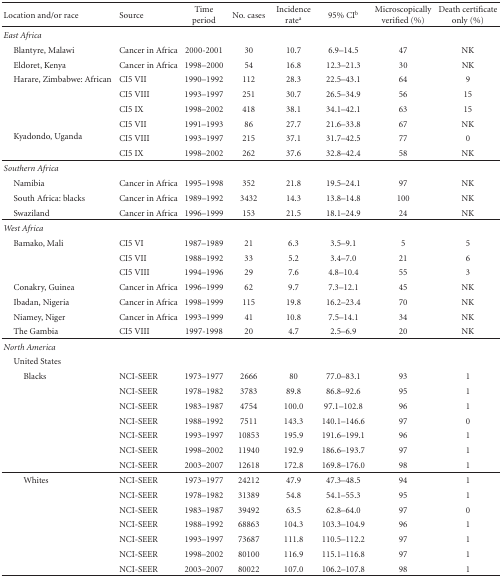
<table><thead><tr><td><b>Location and/or race</b></td><td><b>Source</b></td><td><b>Time period</b></td><td><b>No. cases</b></td><td><b>Incidence rate<sup>a</sup></b></td><td><b>95% CI<sup>b</sup></b></td><td><b>Microscopically verified (%)</b></td><td><b>Death certificate only (%)</b></td></tr></thead><tbody><tr><td><i>East Africa </i></td><td></td><td></td><td></td><td></td><td></td><td></td><td></td></tr><tr><td> Blantyre, Malawi</td><td>Cancer in Africa</td><td>2000-2001</td><td>30</td><td>10.7</td><td>6.9–14.5</td><td>47</td><td>NK</td></tr><tr><td> Eldoret, Kenya</td><td>Cancer in Africa</td><td>1998–2000</td><td>54</td><td>16.8</td><td>12.3–21.3</td><td>30</td><td>NK</td></tr><tr><td> Harare, Zimbabwe: African</td><td>CI5 VII</td><td>1990–1992</td><td>112</td><td>28.3</td><td>22.5–43.1</td><td>64</td><td>9</td></tr><tr><td></td><td>CI5 VIII</td><td>1993–1997</td><td>251</td><td>30.7</td><td>26.5–34.9</td><td>56</td><td>15</td></tr><tr><td></td><td>CI5 IX</td><td>1998–2002</td><td>418</td><td>38.1</td><td>34.1–42.1</td><td>63</td><td>15</td></tr><tr><td rowspan="3"> Kyadondo, Uganda</td><td>CI5 VII</td><td>1991–1993</td><td>86</td><td>27.7</td><td>21.6–33.8</td><td>67</td><td>NK</td></tr><tr><td>CI5 VIII</td><td>1993–1997</td><td>215</td><td>37.1</td><td>31.7–42.5</td><td>77</td><td>0</td></tr><tr><td>CI5 IX</td><td>1998–2002</td><td>262</td><td>37.6</td><td>32.8–42.4</td><td>58</td><td>NK</td></tr><tr><td><i>Southern Africa </i></td><td></td><td></td><td></td><td></td><td></td><td></td><td></td></tr><tr><td> Namibia</td><td>Cancer in Africa</td><td>1995–1998</td><td>352</td><td>21.8</td><td>19.5–24.1</td><td>97</td><td>NK</td></tr><tr><td> South Africa: blacks</td><td>Cancer in Africa</td><td>1989–1992</td><td>3432</td><td>14.3</td><td>13.8–14.8</td><td>100</td><td>NK</td></tr><tr><td> Swaziland</td><td>Cancer in Africa</td><td>1996–1999</td><td>153</td><td>21.5</td><td>18.1–24.9</td><td>24</td><td>NK</td></tr><tr><td><i>West Africa </i></td><td></td><td></td><td></td><td></td><td></td><td></td><td></td></tr><tr><td> Bamako, Mali</td><td>CI5 VI</td><td>1987–1989</td><td>21</td><td>6.3</td><td>3.5–9.1</td><td>5</td><td>5</td></tr><tr><td></td><td>CI5 VII</td><td>1988–1992</td><td>33</td><td>5.2</td><td>3.4–7.0</td><td> 21</td><td>6</td></tr><tr><td></td><td>CI5 VIII</td><td>1994–1996</td><td>29</td><td>7.6</td><td>4.8–10.4</td><td>55</td><td>3</td></tr><tr><td> Conakry, Guinea</td><td>Cancer in Africa</td><td>1996–1999</td><td>62</td><td>9.7</td><td>7.3–12.1</td><td>45</td><td>NK</td></tr><tr><td> Ibadan, Nigeria</td><td>Cancer in Africa</td><td>1998–1999</td><td>115</td><td>19.8</td><td>16.2–23.4</td><td>70</td><td>NK</td></tr><tr><td> Niamey, Niger</td><td>Cancer in Africa</td><td>1993–1999</td><td>41</td><td>10.8</td><td>7.5–14.1</td><td>34</td><td>NK</td></tr><tr><td> The Gambia</td><td>CI5 VIII</td><td>1997-1998</td><td>20</td><td>4.7</td><td>2.5–6.9</td><td>20</td><td>NK</td></tr><tr><td><i>North America </i></td><td></td><td></td><td></td><td></td><td></td><td></td><td></td></tr><tr><td> United States</td><td></td><td></td><td></td><td></td><td></td><td></td><td></td></tr><tr><td>Blacks</td><td>NCI-SEER</td><td>1973–1977</td><td>2666</td><td>80</td><td>77.0–83.1</td><td>93</td><td>1</td></tr><tr><td></td><td>NCI-SEER</td><td>1978–1982</td><td>3783</td><td>89.8</td><td>86.8–92.6</td><td>95</td><td>1</td></tr><tr><td></td><td>NCI-SEER</td><td>1983–1987</td><td>4754</td><td>100.0</td><td>97.1–102.8</td><td>96</td><td>1</td></tr><tr><td></td><td>NCI-SEER</td><td>1988–1992</td><td>7511</td><td>143.3</td><td>140.1–146.6</td><td>97</td><td>0</td></tr><tr><td></td><td>NCI-SEER</td><td>1993–1997</td><td>10853</td><td>195.9</td><td>191.6–199.1</td><td>96</td><td>1</td></tr><tr><td></td><td>NCI-SEER</td><td>1998–2002</td><td>11940</td><td>192.9</td><td>186.6–193.7</td><td>97</td><td>1</td></tr><tr><td></td><td>NCI-SEER</td><td>2003–2007</td><td>12618</td><td>172.8</td><td>169.8–176.0</td><td>98</td><td>1</td></tr><tr><td>Whites</td><td>NCI-SEER</td><td>1973–1977</td><td>24212</td><td>47.9</td><td>47.3–48.5</td><td>94</td><td>1</td></tr><tr><td></td><td>NCI-SEER</td><td>1978–1982</td><td>31389</td><td>54.8</td><td>54.1–55.3</td><td>95</td><td>1</td></tr><tr><td></td><td>NCI-SEER</td><td>1983–1987</td><td>39492</td><td>63.5</td><td>62.8–64.0</td><td>97</td><td>0</td></tr><tr><td></td><td>NCI-SEER</td><td>1988–1992</td><td>68863</td><td>104.3</td><td>103.3–104.9</td><td>96</td><td>1</td></tr><tr><td></td><td>NCI-SEER</td><td>1993–1997</td><td>73687</td><td>111.8</td><td>110.5–112.2</td><td>97</td><td>1</td></tr><tr><td></td><td>NCI-SEER</td><td>1998–2002</td><td>80100</td><td>116.9</td><td>115.1–116.8</td><td>97</td><td>1</td></tr><tr><td></td><td>NCI-SEER</td><td>2003–2007</td><td>80022</td><td>107.0</td><td>106.2–107.8</td><td>98</td><td>1</td></tr></tbody></table>